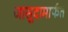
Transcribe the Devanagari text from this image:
जासूदामार्फत